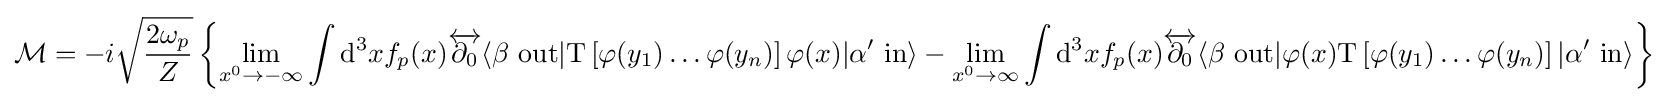
{\mathcal {M}}=-i{\sqrt {\frac {2\omega _{p}}{Z}}}\left\{\lim _{x^{0}\to -\infty }\int \mathrm {d} ^{3}xf_{p}(x){\overleftrightarrow {\partial _{0}}}\langle \beta \ \mathrm {out} |\mathrm {T} \left[\varphi (y_{1})\ldots \varphi (y_{n})\right]\varphi (x)|\alpha '\ \mathrm {in} \rangle -\lim _{x^{0}\to \infty }\int \mathrm {d} ^{3}xf_{p}(x){\overleftrightarrow {\partial _{0}}}\langle \beta \ \mathrm {out} |\varphi (x)\mathrm {T} \left[\varphi (y_{1})\ldots \varphi (y_{n})\right]|\alpha '\ \mathrm {in} \rangle \right\}